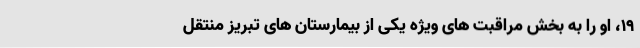
۱۹، او را به بخش مراقبت های ویژه یکی از بیمارستان های تبریز منتقل